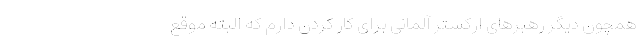
همچون دیگر رهبرهای ارکستر آلمانی برای کار کردن دارم که البته موقع